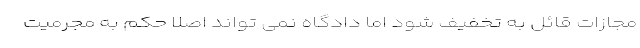
مجازات قائل به تخفیف شود اما دادگاه نمی تواند اصلاً حکم به مجرمیت